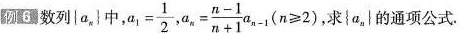
例6数列{a_{n}}中，$$a _ { 1 } = \frac { 1 } { 2 }$$，$$a _ { n } = \frac { n - 1 } { n + 1 } a _ { n - 1 }$$，($$ n ≥ 2$$)，求{α_{n}}的通项公式.